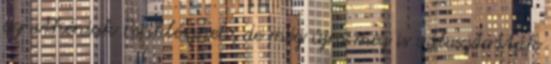
az athéniak Periklésznek, de még újra meg is választották